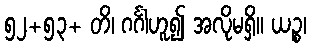
၅၂+၅၃+ တိ၊ ဂင်္ဂါဟူ၍ အလိုမရှိ။ ယဉ္စ၊